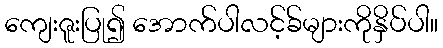
ကျေးဇူးပြု၍ အောက်ပါလင့်ခ်များကိုနှိပ်ပါ။